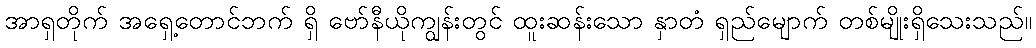
အာရှတိုက် အရှေ့တောင်ဘက် ရှိ ဗော်နီယိုကျွန်းတွင် ထူးဆန်းသော နှာတံ ရှည်မျောက် တစ်မျိုးရှိသေးသည်။